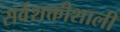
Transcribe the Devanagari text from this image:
सर्वशक्तीशाली